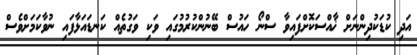
އަދި ކުޑަކުދިންނަށް ޚާއްސަކޮށްފައިވާ ސްނޯ ހައުސް ބޭނުންކުރުމުގައި ވަކި ވަގުތެއް ކަނޑައަޅާފައި ނުވާކަމަށްވެސް